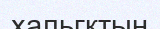
хальгқтың